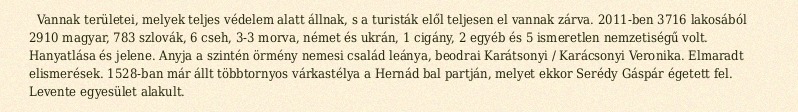
Vannak területei, melyek teljes védelem alatt állnak, s a turisták elől teljesen el vannak zárva. 2011-ben 3716 lakosából 2910 magyar, 783 szlovák, 6 cseh, 3-3 morva, német és ukrán, 1 cigány, 2 egyéb és 5 ismeretlen nemzetiségű volt. Hanyatlása és jelene. Anyja a szintén örmény nemesi család leánya, beodrai Karátsonyi / Karácsonyi Veronika. Elmaradt elismerések. 1528-ban már állt többtornyos várkastélya a Hernád bal partján, melyet ekkor Serédy Gáspár égetett fel. Levente egyesület alakult.